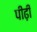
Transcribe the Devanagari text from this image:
पीढ़़ी